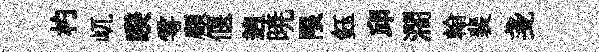
杓屼睽雩顧偃逈暁限鈺邱濶翰裴戔